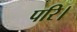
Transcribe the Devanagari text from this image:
परि।